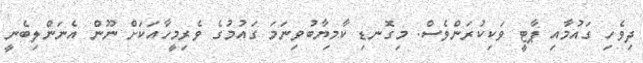
ދިވެހި ގައުމާއި ޕާޓީ ވަކިކުރަންވެސް. މިގޮނޑި ކާމިޔާބުވިނަމަ ގައުމުގެ ވެރިމީހާއަކަށް ނޫން އެނަންލިބެނީ